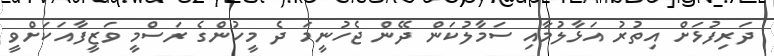
ދަރިފުޅަށް އިތުރު އަޅާލުމާއި ސަމާލުކަން ދޭން ޖެހުނީމަ ދެ މީހުންގެ ރަސްމީ ވަޒީފާއަކަށްވީ